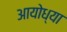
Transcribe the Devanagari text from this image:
अायोध्या